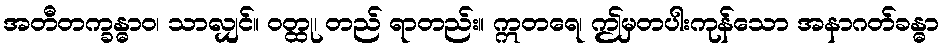
အတီတက္ခန္ဓာဝ၊ သာလျှင်။ ဝတ္ထု၊ တည် ရာတည်း။ ဣတရေ၊ ဤမှတပါးကုန်သော အနာဂတ်ခန္ဓာ